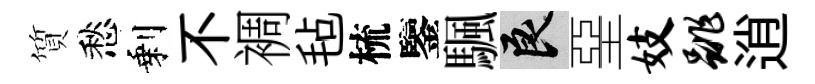
質愁剩不裯毡梳鑒颿良堊妓跳逍